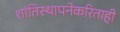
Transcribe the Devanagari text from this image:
शांतिस्थापनेकरिताही